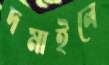
দমাইলে